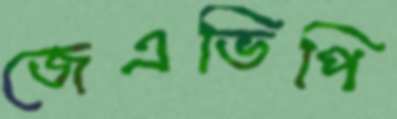
জেএভিপি